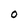
Character: O